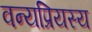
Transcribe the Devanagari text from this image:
वन्यप्रियस्य